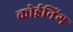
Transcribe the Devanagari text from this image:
कोईनिंग